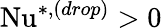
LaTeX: \mathrm{Nu}^{*,(drop)}>0